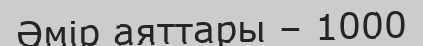
Әмір аяттары – 1000